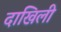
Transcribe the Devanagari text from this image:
दाखिली